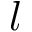
l